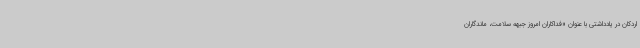
اردکان در یادداشتی با عنوان «فداکاران امروز جبهه سلامت، ماندگاران